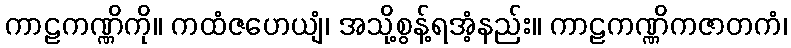
ကာဠကဏ္ဏိကို။ ကထံဇဟေယျံ၊ အသို့စွန့်ရအံ့နည်း။ ကာဠကဏ္ဏိကဇာတကံ၊